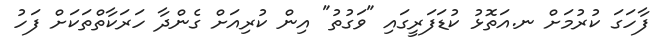
ފާހަގަ ކުރުމަށް ނ.އަތޮޅު ކުޑަފަރީގައި "ވަގުތު" އިން ކުރިއަށް ގެންދާ ހަރަކާތްތަކަށް ފަހު